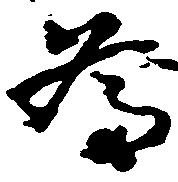
為